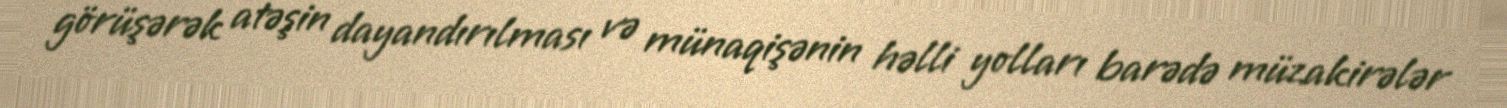
görüşərək atəşin dayandırılması və münaqişənin həlli yolları barədə müzakirələr